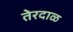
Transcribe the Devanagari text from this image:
तेरदाळ